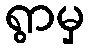
ရွာမှ